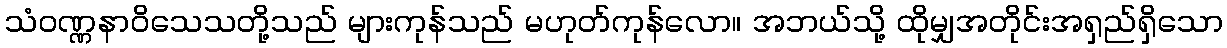
သံဝဏ္ဏနာဝိသေသတို့သည် များကုန်သည် မဟုတ်ကုန်လော။ အဘယ်သို့ ထိုမျှအတိုင်းအရှည်ရှိသော